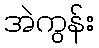
အဲကွန်း